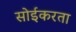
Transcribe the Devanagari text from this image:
सोईकरता